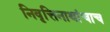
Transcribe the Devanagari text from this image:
निवृत्तिनाथांचाच